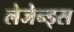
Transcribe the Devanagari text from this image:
लेजेन्ड्स